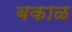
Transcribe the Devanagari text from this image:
बकाळ